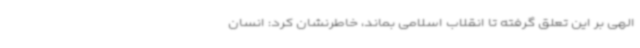
الهی بر این تعلق گرفته تا انقلاب اسلامی بماند، خاطرنشان کرد: انسان